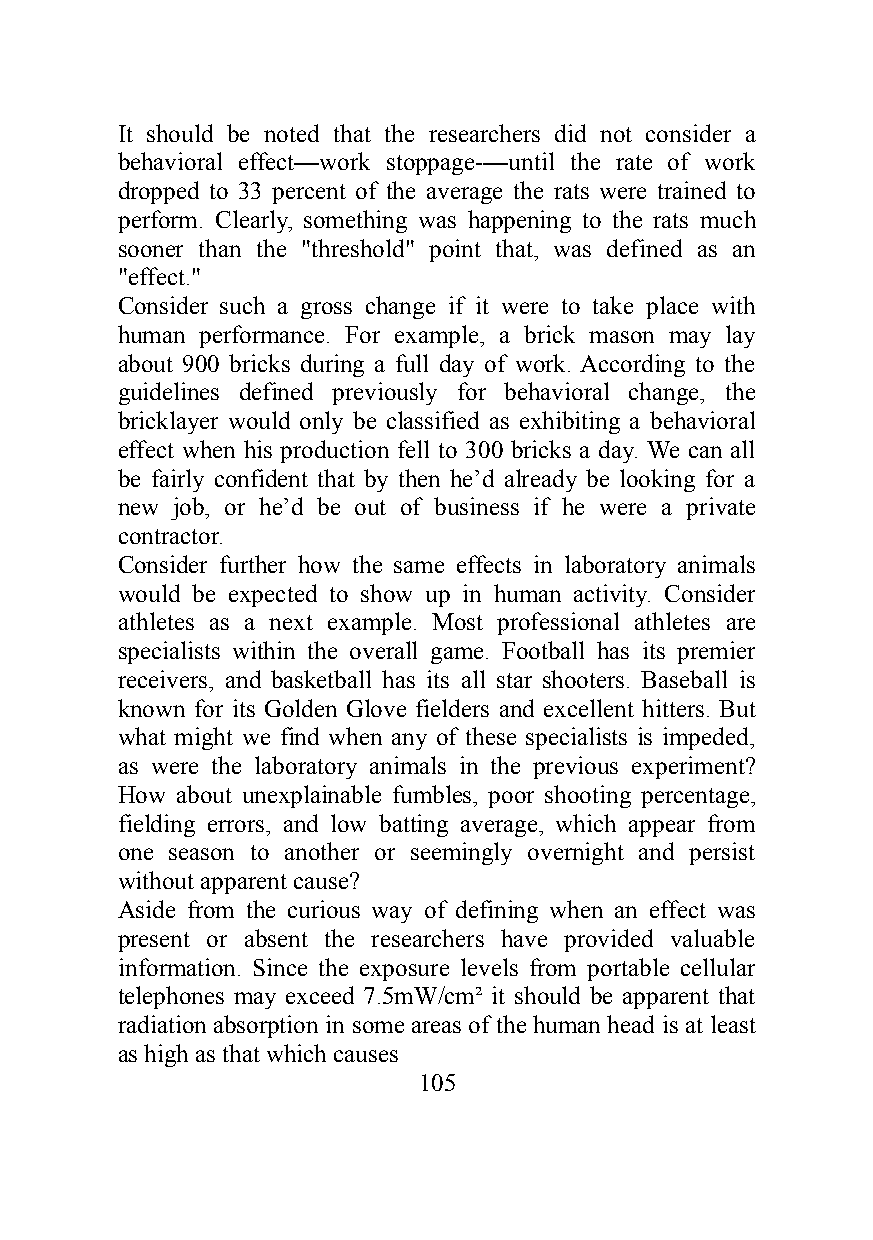
It should be noted that the researchers did not consider a
 behavioral effect—work stoppage-—until the rate of work
 dropped to 33 percent of the average the rats were trained to
 perform. Clearly, something was happening to the rats much
 sooner than the "threshold" point that, was defined as an
 "effect."
 Consider such a gross change if it were to take place with
 human performance. For example, a brick mason may lay
 about 900 bricks during a full day of work. According to the
 guidelines defined previously for behavioral change, the
 bricklayer would only be classified as exhibiting a behavioral
 effect when his production fell to 300 bricks a day. We can all
 be fairly confident that by then he’d already be looking for a
 new job, or he’d be out of business if he were a private
 contractor.
 Consider further how the same effects in laboratory animals
 would be expected to show up in human activity. Consider
 athletes as a next example. Most professional athletes are
 specialists within the overall game. Football has its premier
 receivers, and basketball has its all star shooters. Baseball is
 known for its Golden Glove fielders and excellent hitters. But
 what might we find when any of these specialists is impeded,
 as were the laboratory animals in the previous experiment?
 How about unexplainable fumbles, poor shooting percentage,
 fielding errors, and low batting average, which appear from
 one season to another or seemingly overnight and persist
 without apparent cause?
 Aside from the curious way of defining when an effect was
 present or absent the researchers have provided valuable
 information. Since the exposure levels from portable cellular
 telephones may exceed 7.5mW/cm² it should be apparent that
 radiation absorption in some areas of the human head is at least
 as high as that which causes
 105